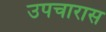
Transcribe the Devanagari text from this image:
उपचारास